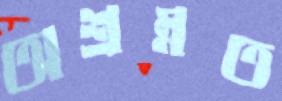
অশ্রম্নত